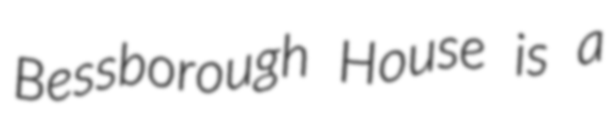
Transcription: Bessborough House is a